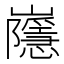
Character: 𡾯